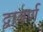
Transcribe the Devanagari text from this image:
द्वावर्ण